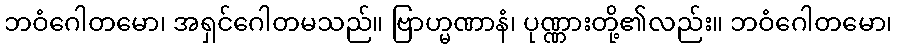
ဘဝံဂေါတမော၊ အရှင်ဂေါတမသည်။ ဗြာဟ္မဏာနံ၊ ပုဏ္ဏားတို့၏လည်း။ ဘဝံဂေါတမော၊